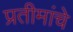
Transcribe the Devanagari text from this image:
प्रतीमांचे